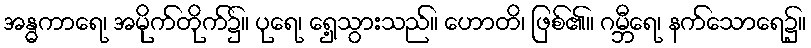
အန္ဓကာရေ၊ အမိုက်တိုက်၌။ ပုရေ၊ ရှေ့သွားသည်။ ဟောတိ၊ ဖြစ်၏။ ဂမ္ဘီရေ၊ နက်သောရေ၌။